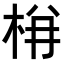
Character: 𭩺